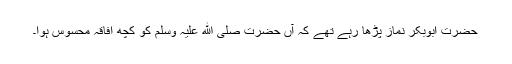
حضرت ابوبکر نماز پڑھا رہے تھے کہ آں حضرت صلی ﷲ علیہ وسلم کو کچھ افاقہ محسوس ہوا۔